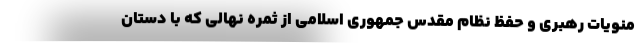
منویات رهبری و حفظ نظام مقدس جمهوری اسلامی از ثمره نهالی که با دستان